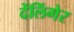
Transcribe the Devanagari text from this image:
देंलिंगेर